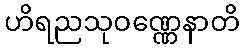
ဟိရညသုဝဏ္ဏေနာတိ